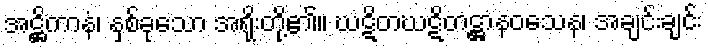
အဋ္ဌိကာနံ၊ နှစ်ခုသော အရိုးတို့၏။ ဃဋိတဃဋိတဋ္ဌာနဝသေန၊ အချင်းချင်း